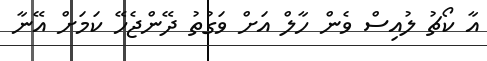
އާ ކޯޗު ލުއިސް ވެން ހާލް އަށް ވަގުތު ދޭންޖެހޭ ކަމަށް އޭނާ